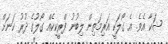
ޝަކާ އެވެ. އެ ގޯލަކީ އަރިމަތިން ލިބުނު ފްރީކިކެއް ގޯލުގެ ދުރު ކަނަށް